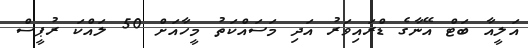
އަލީއާ ބަޓް އޭނާގެ ޑްރައިވަރު އަދި މަސައްކަތު މީހާއަށް 50 ލައްކަ ރުޕީސް